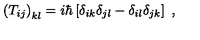
\left( T _ { i j } \right) _ { k l } = i \hbar \left[ \delta _ { i k } \delta _ { j l } - \delta _ { i l } \delta _ { j k } \right] \ ,